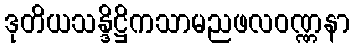
ဒုတိယသန္ဒိဋ္ဌိကသာမညဖလဝဏ္ဏနာ